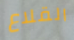
القلاع